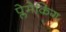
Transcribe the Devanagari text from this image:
प्लेमेकिंग